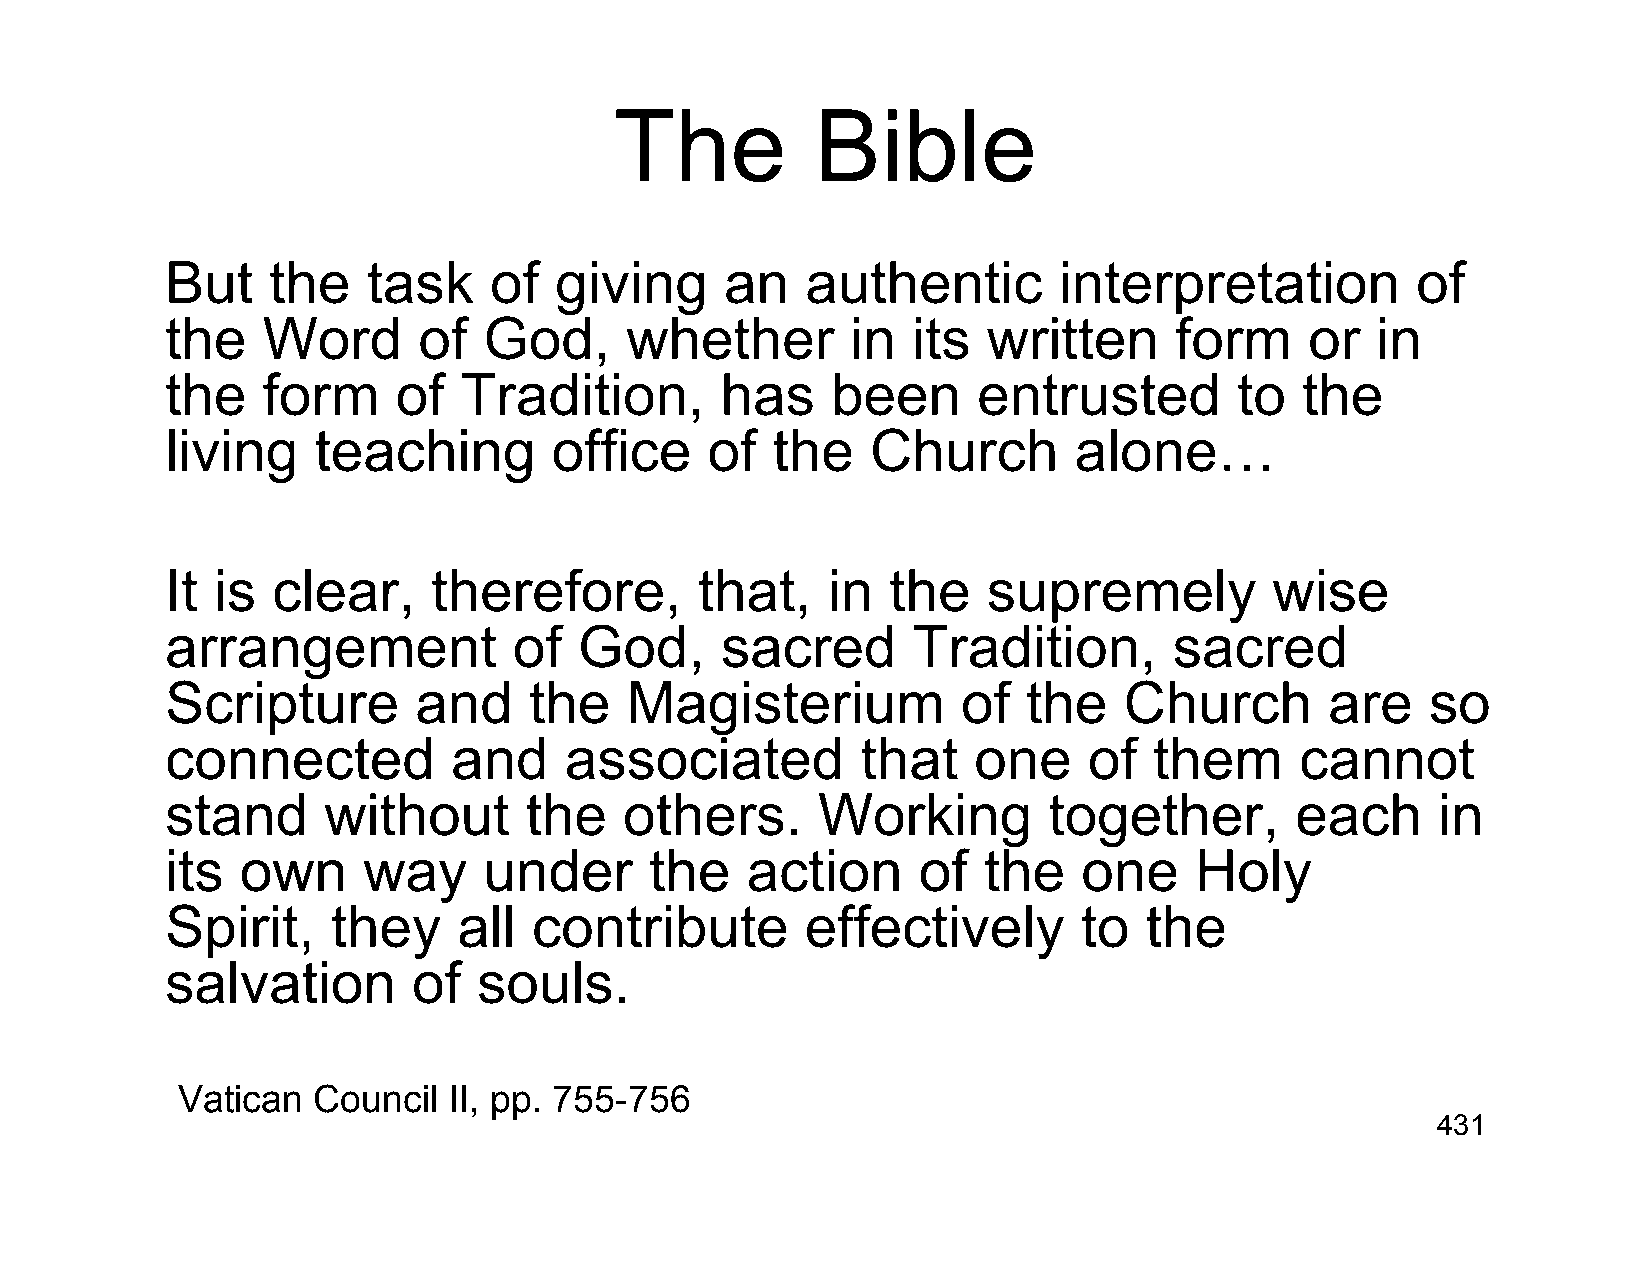
The          Bible
 But    the   task    of   giving     an   authentic        interpretation          of
 the   Word       of  God,     whether        in  its  written      form     or  in
 the   form     of  Tradition,        has    been      entrusted        to  the
 living    teaching        office    of  the    Church       alone…
 It is  clear,     therefore,       that,    in  the   supremely          wise
 arrangement            of  God,      sacred      Tradition,        sacred
 Scripture       and     the   Magisterium            of  the   Church        are    so
 connected          and    associated          that   one     of  them      cannot
 stand     without       the   others.      Working        together,        each     in
 its  own     way     under      the   action      of  the    one    Holy
 Spirit,    they    all  contribute        effectively        to  the
 salvation       of   souls.
 Vatican  Council  II, pp. 755-756
 431